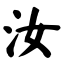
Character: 汝